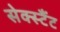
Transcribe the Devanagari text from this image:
सेक्स्टैंट